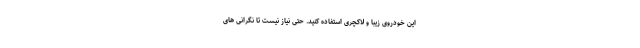
این خودروی زیبا و لاکچری استفاده کنید. حتی نیاز نیست تا نگرانی های